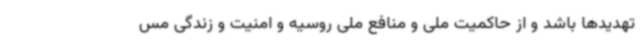
تهدیدها باشد و از حاکمیت ملی و منافع ملی روسیه و امنیت و زندگی مس